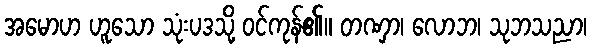
အမောဟ ဟူသော သုံးပဒသို့ ဝင်ကုန်၏။ တဏှာ၊ လောဘ၊ သုဘသညာ၊